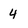
Character: 4